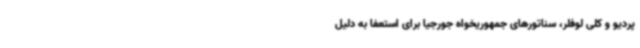
پردیو و کلی لوفلر، سناتورهای جمهوریخواه جورجیا برای استعفا به دلیل